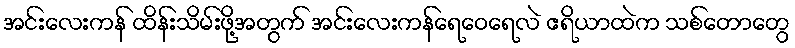
အင်းလေးကန် ထိန်းသိမ်းဖို့အတွက် အင်းလေးကန်ရေဝေရေလဲ ဧရိယာထဲက သစ်တောတွေ